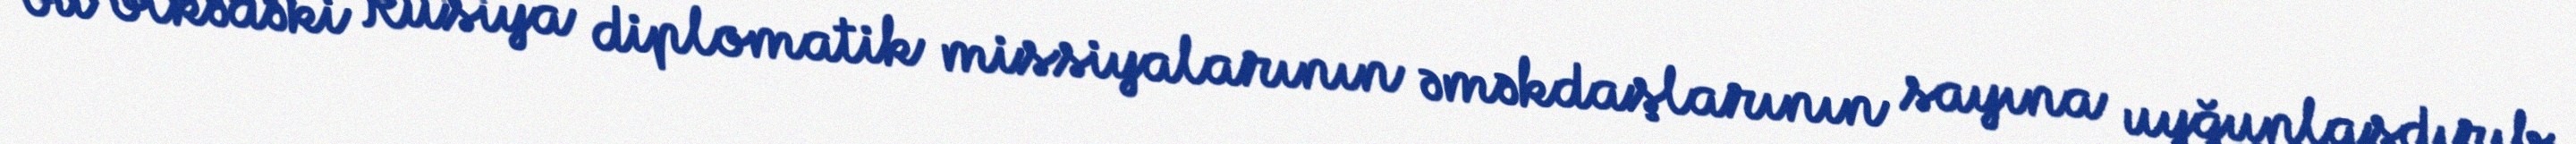
bu ölkədəki Rusiya diplomatik missiyalarının əməkdaşlarının sayına uyğunlaşdırıb